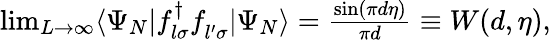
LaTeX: \begin{array}{r}{\operatorname*{lim}_{L\rightarrow\infty}\langle\Psi_{N}|f_{l\sigma}^{\dagger}f_{l^{\prime}\sigma}^{\phantom{\dagger}}|\Psi_{N}\rangle=\frac{\sin(\pi d\eta)}{\pi d}\equiv W(d,\eta),}\end{array}